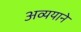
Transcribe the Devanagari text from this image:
अव्ययाने